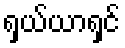
ရှယ်ယာရှင်